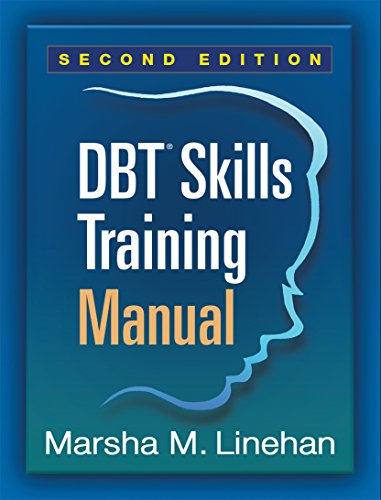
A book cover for DBTÂ® Skills Training Manual, Second Edition; Marsha M. Linehan PhD  ABPP; Self-Help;